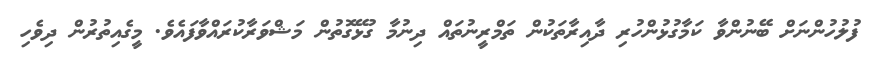
ފުލުހުންނަށް ބޭނުންވާ ކަމާގުޅުންހުރި ދާއިރާތަކުން ތަމްރީނުތައް ދިނުމާ ގުޅޭގޮތުން މަޝްވަރާކުރައްވާފައެވެ. މީގެއިތުރުން ދިވެހި